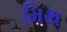
મિથ